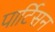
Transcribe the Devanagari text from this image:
पार्टिसन